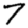
Digit: 7